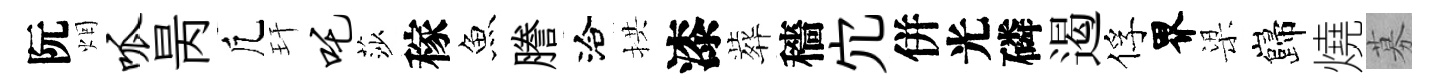
阮烟呱昺凢玕吒莎稼魚謄洽拱漆葬穡宂併光磷遏俘界梁巋燒募